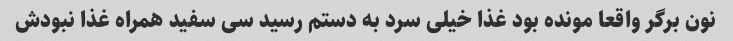
نون برگر واقعا مونده بود غذا خیلی سرد به دستم رسید سی سفید همراه غذا نبودش